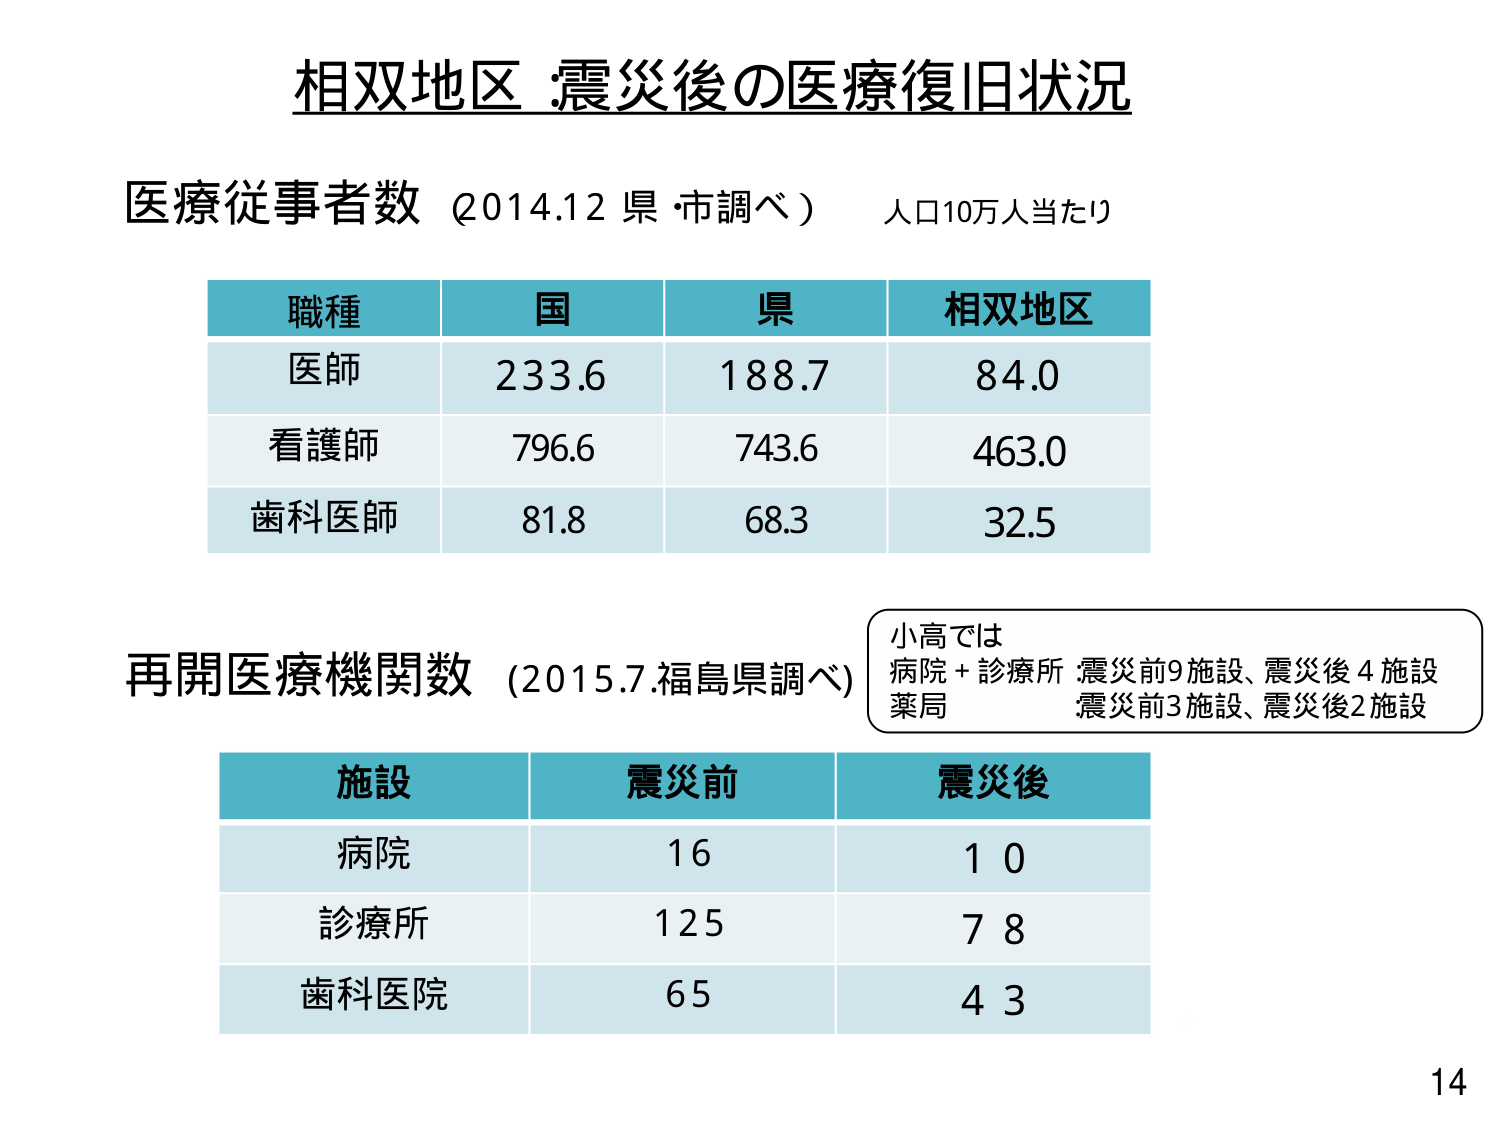
相双地区 :震災後の医療復旧状況

医療従事者数（2014.12 県・市調べ） 人口10万人当たり

職種　国　県　相双地区
医師　233.6　188.7　84.0
看護師　796.6　743.6　463.0
歯科医師　81.8　68.3　32.5

再開医療機関数（2015.7.福島県調べ）

小高では
病院＋診療所：震災前9施設、震災後4施設
薬局：震災前3施設、震災後2施設

施設　震災前　震災後
病院　16　10
診療所　125　78
歯科医院　65　43

14